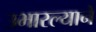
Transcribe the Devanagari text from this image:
उभारल्याने